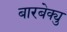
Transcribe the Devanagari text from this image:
बारबेक्यु